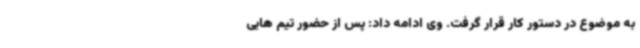
به موضوع در دستور کار قرار گرفت. وی ادامه داد: پس از حضور تیم هایی